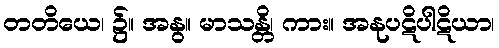
တတိယေ၊ ၌။ အနွ။ မာသန္တိ၊ ကား။ အနုပဋိပါဋိယာ၊